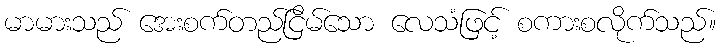
မာမားသည် အေးစက်တည်ငြိမ်သော လေသံဖြင့် စကားစလိုက်သည်။